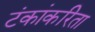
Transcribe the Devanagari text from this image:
टंकांकरिता